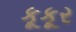
કૂકૂર